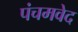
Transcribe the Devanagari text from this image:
पंचमवेद